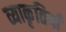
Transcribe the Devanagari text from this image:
व्याकृतियाँ